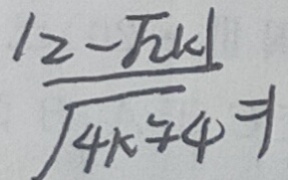
\frac { \vert 2 - \sqrt { 2 } k \vert } { \sqrt { 4 k ^ { 2 } + 4 } } = 1